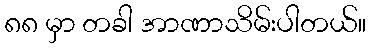
၈၈ မှာ တခါ အာဏာသိမ်းပါတယ်။